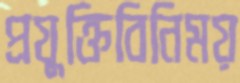
প্রযুক্তিবিনিময়